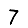
Digit: 7